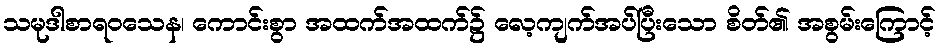
သမုဒါစာရဝသေန၊ ကောင်းစွာ အထက်အထက်၌ လေ့ကျက်အပ်ပြီးသော စိတ်၏ အစွမ်းကြောင့်